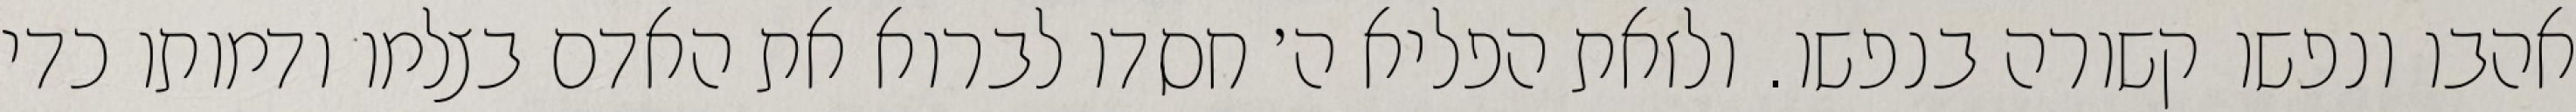
אהבו ונפשו קשורה בנפשו. ולזאת הפליא ה׳ חסדו לברוא את האדם בצלמו ודמותו כדי